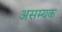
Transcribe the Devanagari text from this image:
असम्यक